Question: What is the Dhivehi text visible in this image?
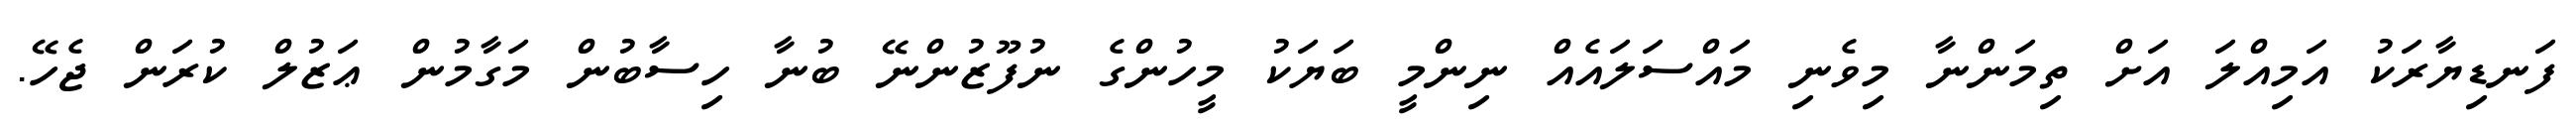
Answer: ފަނޑިޔާރަކު އަމިއްލަ އަށް ތިމަންނާ މިވެނި މައްސަލައެއް ނިންމީ ބަޔަކު މީހުންގެ ނުފޫޒުންނޭ ބުނާ ހިސާބުން މަގާމުން ޢަޒުލް ކުރަން ޖެހޭ.